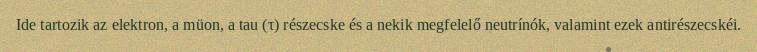
Ide tartozik az elektron, a müon, a tau (τ) részecske és a nekik megfelelő neutrínók, valamint ezek antirészecskéi.